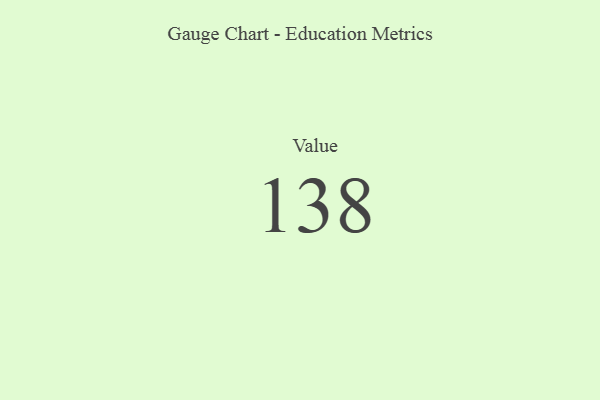
{"axis": {"x": "Metric", "y": "Value"}, "legend": [""], "data": [{"x": "Value", "y": 138, "type": ""}]}